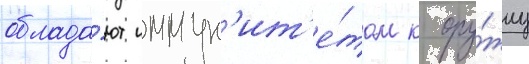
облада́ют иммун'ит'е́том к ору́жиу